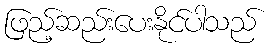
ဖြည့်ဆည်းပေးနိုင်ပါသည်